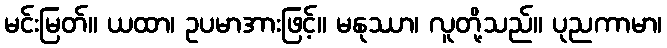
မင်းမြတ်။ ယထာ၊ ဥပမာအားဖြင့်။ မနုဿာ၊ လူတို့သည်။ ပုညကာမာ၊